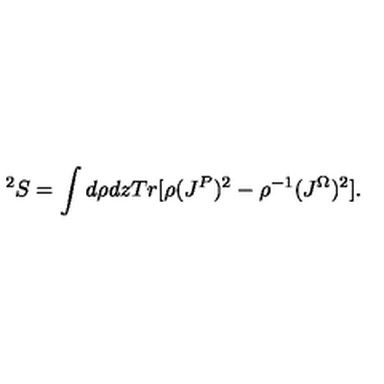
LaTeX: ^ 2 S = \int d \rho d z T r [ \rho ( J ^ { P } ) ^ { 2 } - \rho ^ { - 1 } ( J ^ { \Omega } ) ^ { 2 } ] .